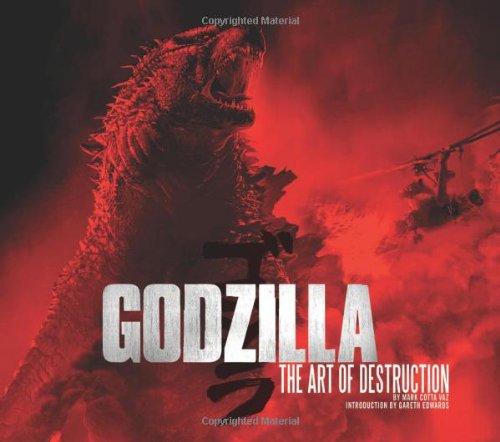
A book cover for Godzilla: The Art of Destruction; Mark Cotta Vaz; Humor & Entertainment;